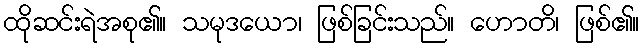
ထိုဆင်းရဲအစု၏။ သမုဒယော၊ ဖြစ်ခြင်းသည်။ ဟောတိ၊ ဖြစ်၏။